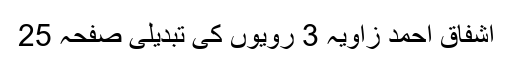
اشفاق احمد زاویہ 3 رویوں کی تبدیلی صفحہ 25